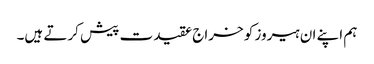
ہم اپنے ان ہیروز کو خراج عقیدت پیش کرتے ہیں۔